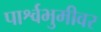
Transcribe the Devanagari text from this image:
पार्श्वभुमीवर